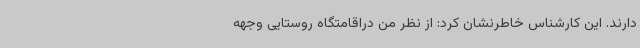
دارند. این کارشناس خاطرنشان کرد: از نظر من دراقامتگاه روستایی وجهه